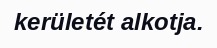
kerületét alkotja.